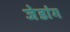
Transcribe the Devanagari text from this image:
जेडांग